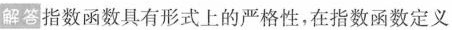
解答指数函数具有形式上的严格性，在指数函数定义